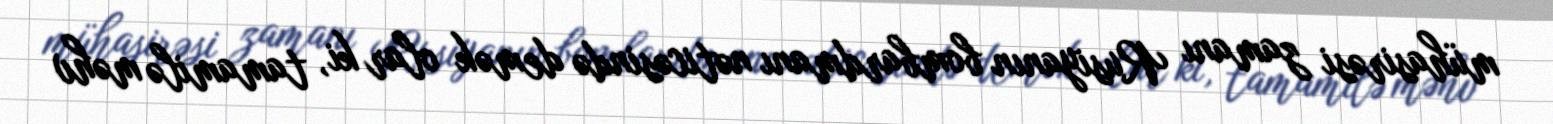
mühasirəsi zamanı Rusiyanın bombardmanı nəticəsində demək olar ki, tamamilə məhv